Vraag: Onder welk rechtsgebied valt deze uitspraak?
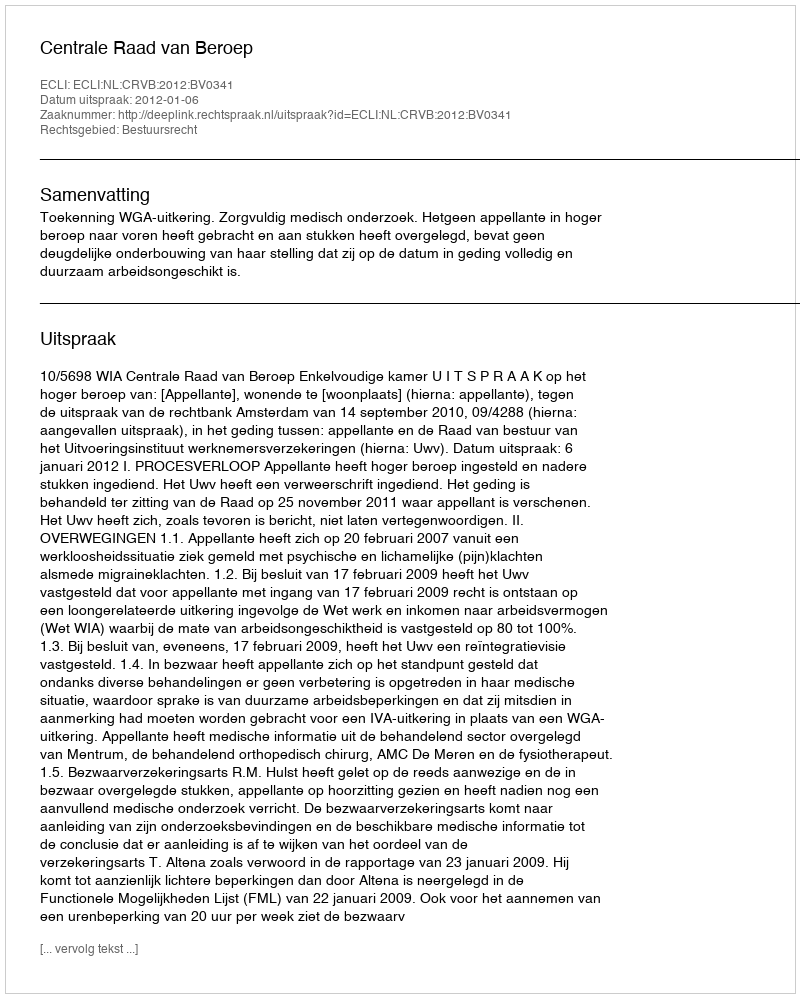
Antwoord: Bestuursrecht